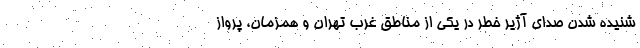
شنیده شدن صدای آژیر خطر در یکی از مناطق غرب تهران و همزمان، پرواز